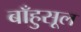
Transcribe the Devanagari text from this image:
बाँहुसूल